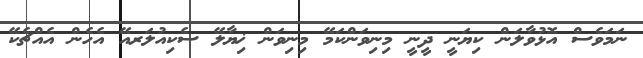
ނަމަވެސް އޮޅުވާލަން ކިޔަނީ ދީނީ މިނިވަންކަމޭ މިނިވަން ޚިޔާލޭ ސެކިއުލަރއޭ އެހެން އެއްޗެކޭ